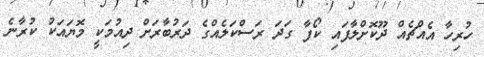
ހުރިހާ އެއްޗެއް ދޫކޮށްލާފައި ކޯފާ ގަދަ ރަސްކަލެއްގެ ދަރުބާރަށް ދިއުމަކީ މޮޔައަކު ކުރާނެ